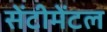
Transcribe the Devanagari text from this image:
सेंटीमेंटल